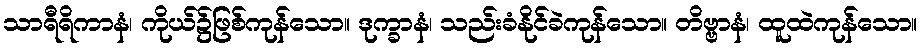
သာရီရိကာနံ၊ ကိုယ်၌ဖြစ်ကုန်သော။ ဒုက္ခာနံ၊ သည်းခံနိုင်ခဲကုန်သော။ တိဗ္ဗာနံ၊ ထူထဲကုန်သော။